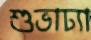
শুভাঢ্যা